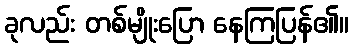
ခုလည်း တစ်မျိုးပြော နေကြပြန်၏။